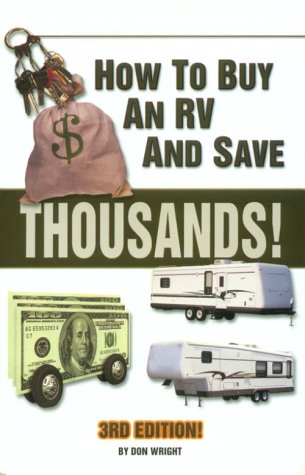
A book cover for How to Buy an Rv and Save $10000S!; Don Wright; Travel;